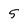
Character: 5